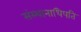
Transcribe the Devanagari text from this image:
संस्थानाधिपति